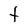
Character: t